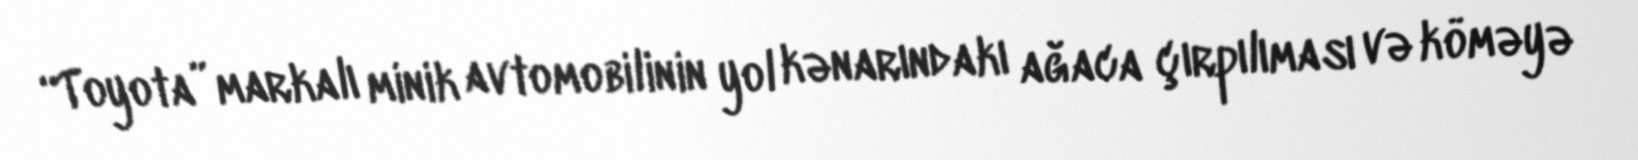
“Toyota” markalı minik avtomobilinin yol kənarındakı ağaca çırpılıması və köməyə